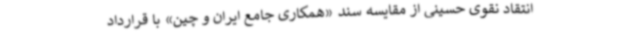
انتقاد نقوی حسینی از مقایسه سند «همکاری جامع ایران و چین» با قرارداد